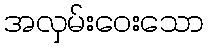
အလှမ်းဝေးသော